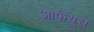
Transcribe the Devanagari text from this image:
आर्फयूस